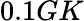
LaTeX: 0.1GK